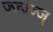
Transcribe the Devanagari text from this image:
ज्ज्ज्ज्ज्